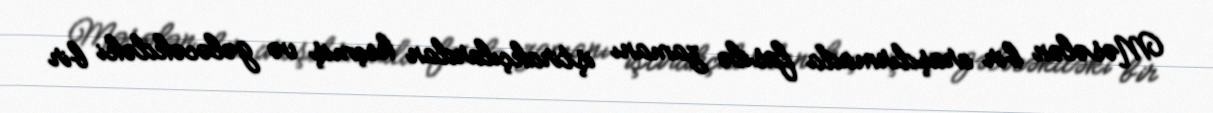
Məsələn bir araşdırmada fasilə zamanı iştirakçılardan keçmiş və gələcəkdəki bir